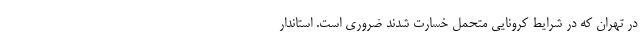
در تهران که در شرایط کرونایی متحمل خسارت شدند ضروری است. استاندار